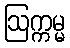
ဩက္ကမ္မ